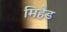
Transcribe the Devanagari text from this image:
मिहैड